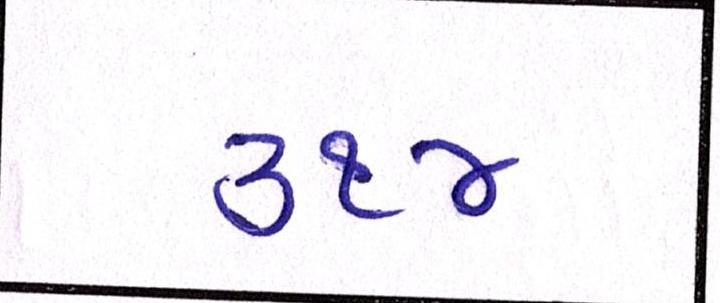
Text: ૩૧૪